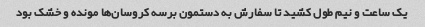
یک ساعت و نیم طول کشید تا سفارش به دستمون برسه کروسان‌ها مونده و خشک بود